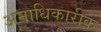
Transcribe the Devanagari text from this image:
अनाधिकारीक